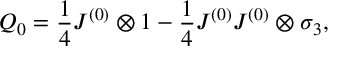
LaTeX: Q _ { 0 } = \frac { 1 } { 4 } J ^ { ( 0 ) } \otimes 1 - \frac { 1 } { 4 } J ^ { ( 0 ) } J ^ { ( 0 ) } \otimes \sigma _ { 3 } ,